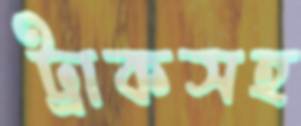
ট্রাকসহ